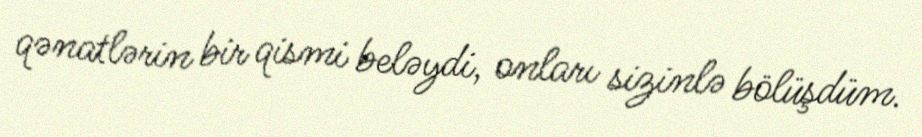
qənatlərin bir qismi beləydi, onları sizinlə bölüşdüm.